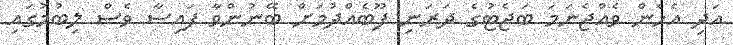
އަދި އެހެން ވެއްޖެނަމަ ބަޖެޓުގެ ދަރަނި ފޫބެއްދުމަށް ބޭނުންވާ ފައިސާ ވެސް ލިބުމުގައި